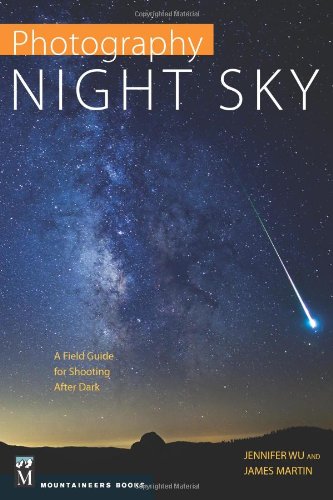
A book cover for Photography Night Sky: A Field Guide for Shooting After Dark; Jennifer Wu; Arts & Photography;